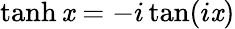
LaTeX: \operatorname{tanh}\mathit{x}=-i\tan(i\mathit{x})